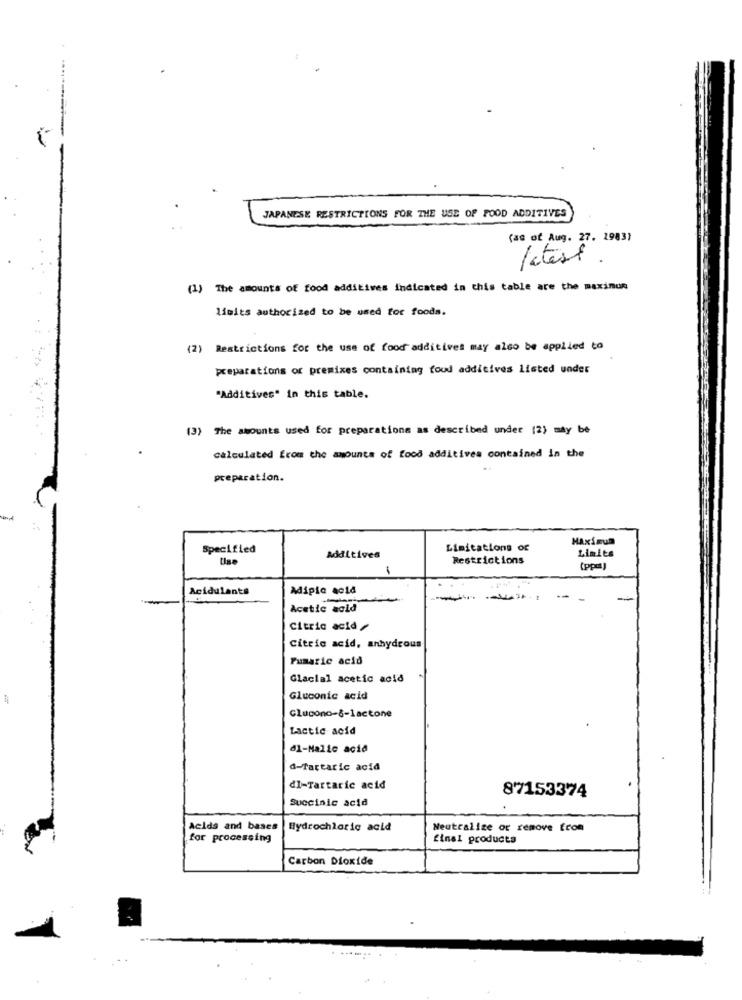
JAPANESE RESTRICTIONS FOR THE USE OF FOOD ADDITIVES
(as of Aug. 27. 1983)
latest .
(1) The amounts of food additives indicated in this table are the maximum
limits authorized to be used for foods.
(2) Restrictions for the use of food additives may also be applied to
preparations or premixes containing food additives listed under
"Additives" in this table.
(3) The amounts used for preparations as described under (2) may be
calculated from the amounts of food additives contained in the
preparation.
Maximum
Specified
Limitations or
Additives
Restrictions
Limits
-
(ppel)
Acidulants
Adipic acid
Acetic acid
Citric acid
Citric acid, anhydrous
Pumaric acid
Glacial acetic acid
4
Gluconic acid
Glucono-8-1actone
Lactic acid
dl-Malic acid
d-Tartaric acid
dl-Tartaric acid
87153374
Succinic acid
Acids and bases
Hydrochloric acid
Neutralize or remove from
for processing
final products
Carbon Dioxide